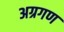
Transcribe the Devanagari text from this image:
अग्रगण